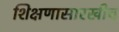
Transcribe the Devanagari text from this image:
शिक्षणासारखीच